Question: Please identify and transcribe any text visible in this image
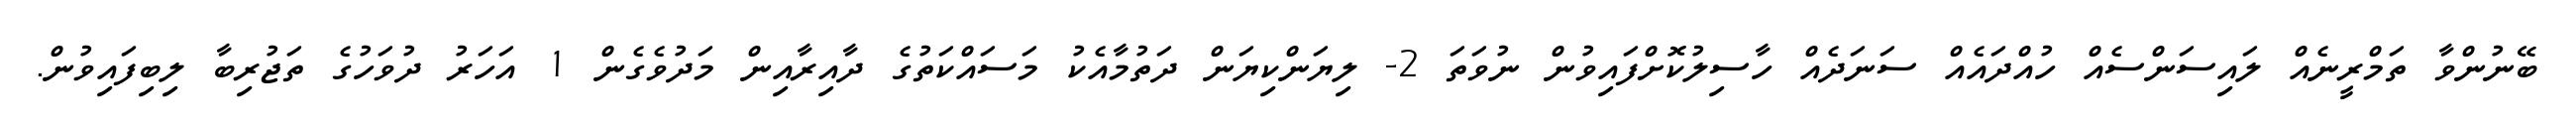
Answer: ބޭނުންވާ ތަމްރީނެއް ލައިސަންސެއް ހުއްދައެއް ސަނަދެއް ހާސިލުކޮށްފައިވުން ނުވަތަ 2- ލިޔަންކިޔަން ދަތުމާއެކު މަސައްކަތުގެ ދާއިރާއިން މަދުވެގެން 1 އަހަރު ދުވަހުގެ ތަޖުރިބާ ލިބިފައިވުން.